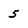
Character: 5